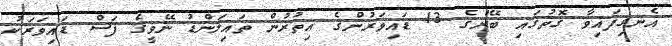
އެނގިފައިވާ ގޮތުގައި ބޭރުގެ 13 ޑައިވަރުންގެ އިތުރުން ތައިލަންޑު ނޭވީގެ ފަސް ޑައިވަރަކު